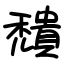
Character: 穨